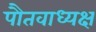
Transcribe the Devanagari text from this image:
पौतवाध्यक्ष